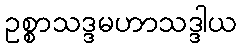
ဥစ္စာသဒ္ဒမဟာသဒ္ဒါယ